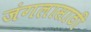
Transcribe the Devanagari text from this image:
जंगलासाठी